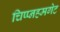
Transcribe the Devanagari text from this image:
चिप्प्नहमगेट